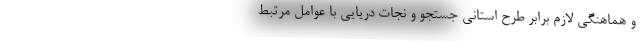
‌و هماهنگی لازم برابر طرح استانی جستجو و نجات دریایی با عوامل مرتبط